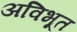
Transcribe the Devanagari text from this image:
अविभूत